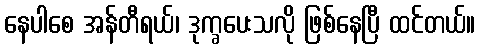
နေပါစေ အန်တီရယ်၊ ဒုက္ခပေးသလို ဖြစ်နေပြီ ထင်တယ်။